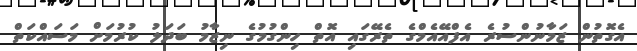
އެގޮތުން ޒަމާނުންސުރެ އެފްއޭއެމްގެ ތެރޭގައި އޮތް ހިންގުމުގެ ނިޒާމު ބަދަލު ކުރުމަށް މަސައްކަތް